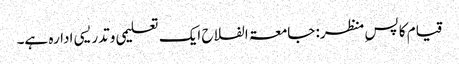
قیام کا پسِ منظر: جامعۃ الفلاح ایک تعلیمی وتدریسی ادارہ ہے۔